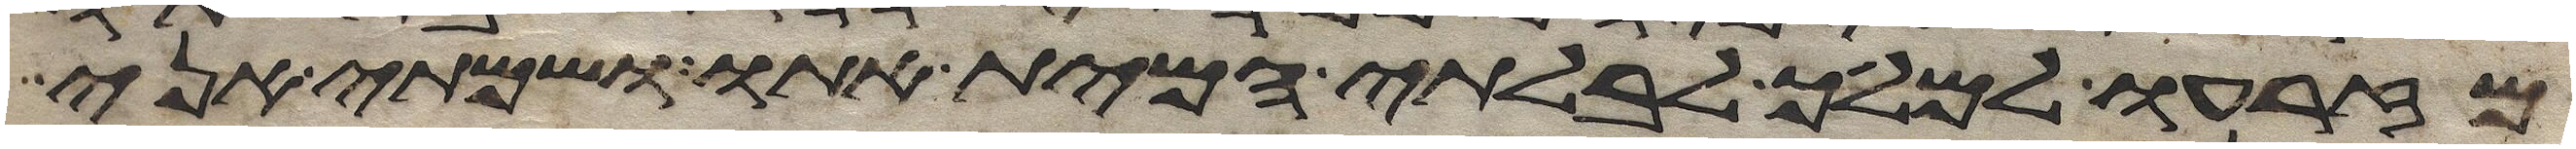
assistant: מזרעו למלך לבלתי המית אתו ושמתי אני